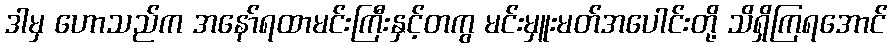
ဒါမှ ဟောသည်က အနော်ရထာမင်းကြီးနှင့်တကွ မင်းမှူးမတ်အပေါင်းတို့ သိရှိကြရအောင်